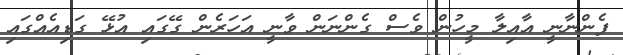
ފެންނާނީ އާއިލާ މީހުން ވެސް ގެންނަން ވާނީ އަހަރެން ގޭގައި އުޅޭ ގަޑިއެއްގައި